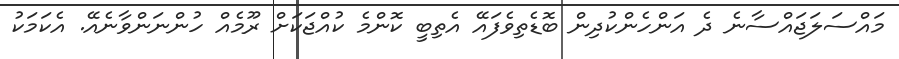
މައްސަލަޖައްސާނެ ދެ އަންހެންކުދިން ބޮޑެތިވެފައޭ އެތިބީ ކޮންމެ ކުއްޖަކަށް ރޫމެއް ހުންނަންވާނެއޭ. އެކަމަކު